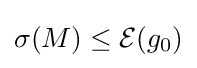
\sigma (M)\leq {\mathcal {E}}(g_{0})